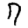
Digit: 7